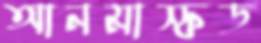
আনমাস্কড